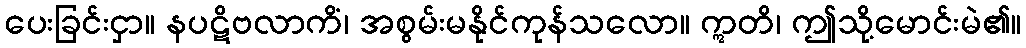
ပေးခြင်းငှာ။ နပဋိဗလာကိံ၊ အစွမ်းမနိုင်ကုန်သလော။ ဣတိ၊ ဤသို့မောင်းမဲ၏။